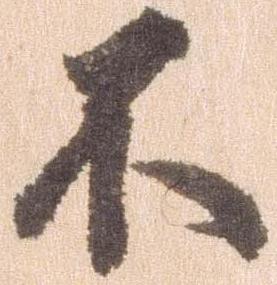
不